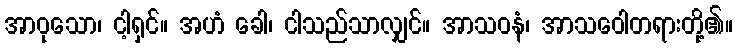
အာဝုသော၊ ငါ့ရှင်။ အဟံ ခေါ၊ ငါသည်သာလျှင်။ အာသဝနံ၊ အာသဝေါတရားတို့၏။